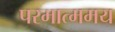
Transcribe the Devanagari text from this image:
परमात्ममय